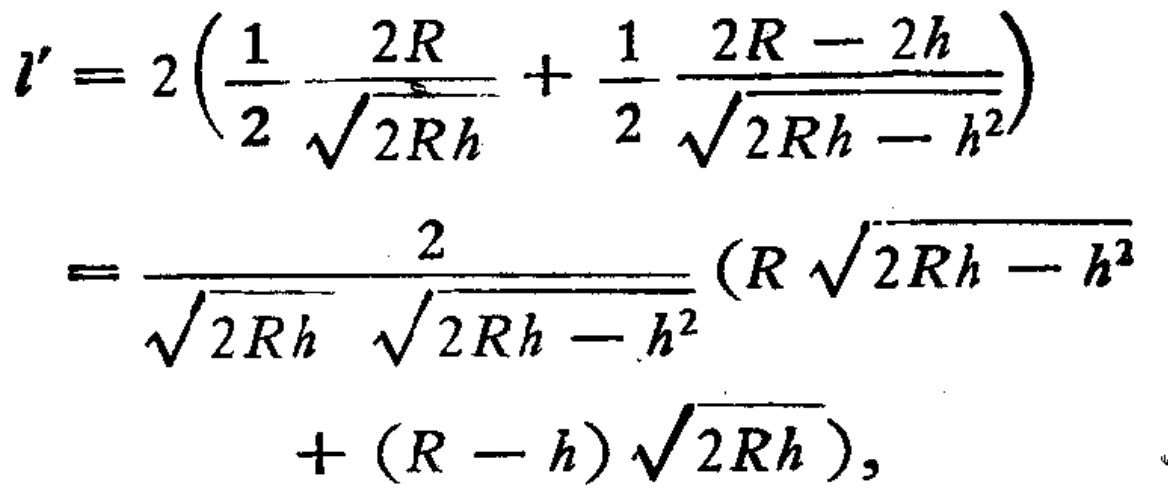
\[
\begin{align*}
l'&=2\left(\frac{1}{2}\frac{2R}{\sqrt{2Rh}}+\frac{1}{2}\frac{2R - 2h}{\sqrt{2Rh - h^{2}}}\right)\\
&=\frac{2}{\sqrt{2Rh}\sqrt{2Rh - h^{2}}}\left(R\sqrt{2Rh - h^{2}}+(R - h)\sqrt{2Rh}\right),
\end{align*}
\]